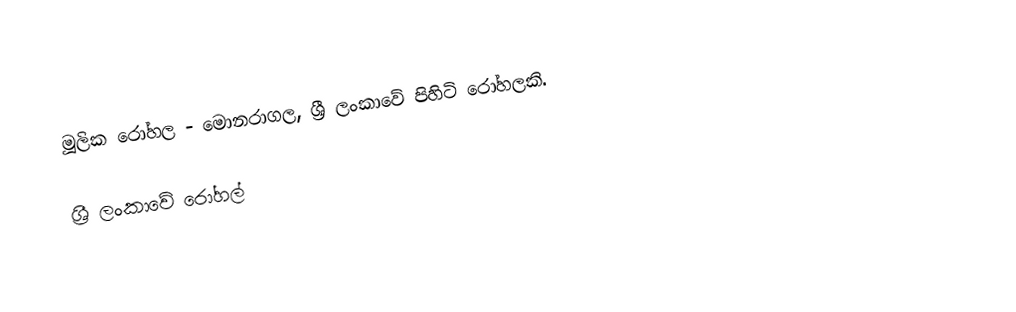
මූලික රෝහල - මොනරාගල, ශ්‍රී ලංකාවේ පිහිටි රෝහලකි.

ශ්‍රී ලංකාවේ රෝහල්